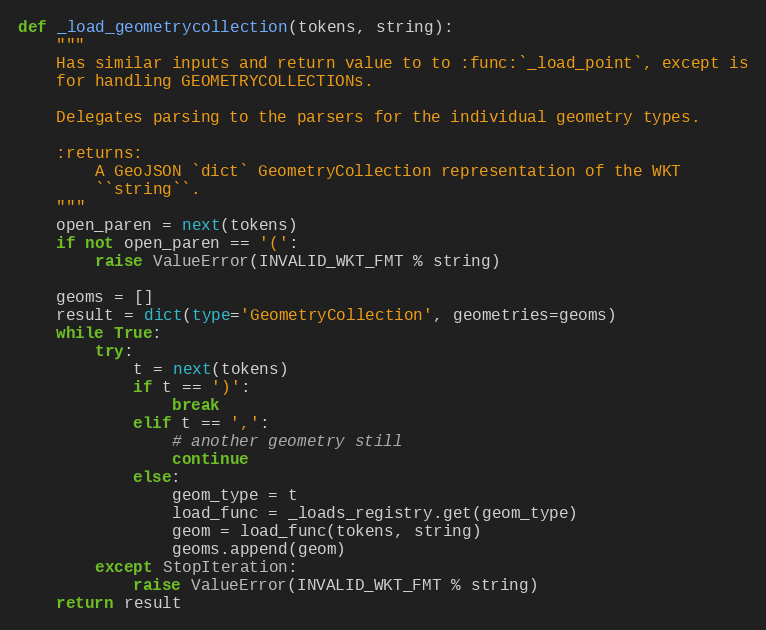
Language: Python
def _load_geometrycollection(tokens, string):
    """
    Has similar inputs and return value to to :func:`_load_point`, except is
    for handling GEOMETRYCOLLECTIONs.

    Delegates parsing to the parsers for the individual geometry types.

    :returns:
        A GeoJSON `dict` GeometryCollection representation of the WKT
        ``string``.
    """
    open_paren = next(tokens)
    if not open_paren == '(':
        raise ValueError(INVALID_WKT_FMT % string)

    geoms = []
    result = dict(type='GeometryCollection', geometries=geoms)
    while True:
        try:
            t = next(tokens)
            if t == ')':
                break
            elif t == ',':
                # another geometry still
                continue
            else:
                geom_type = t
                load_func = _loads_registry.get(geom_type)
                geom = load_func(tokens, string)
                geoms.append(geom)
        except StopIteration:
            raise ValueError(INVALID_WKT_FMT % string)
    return result